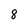
Character: 8